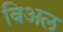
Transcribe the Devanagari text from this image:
बिअल